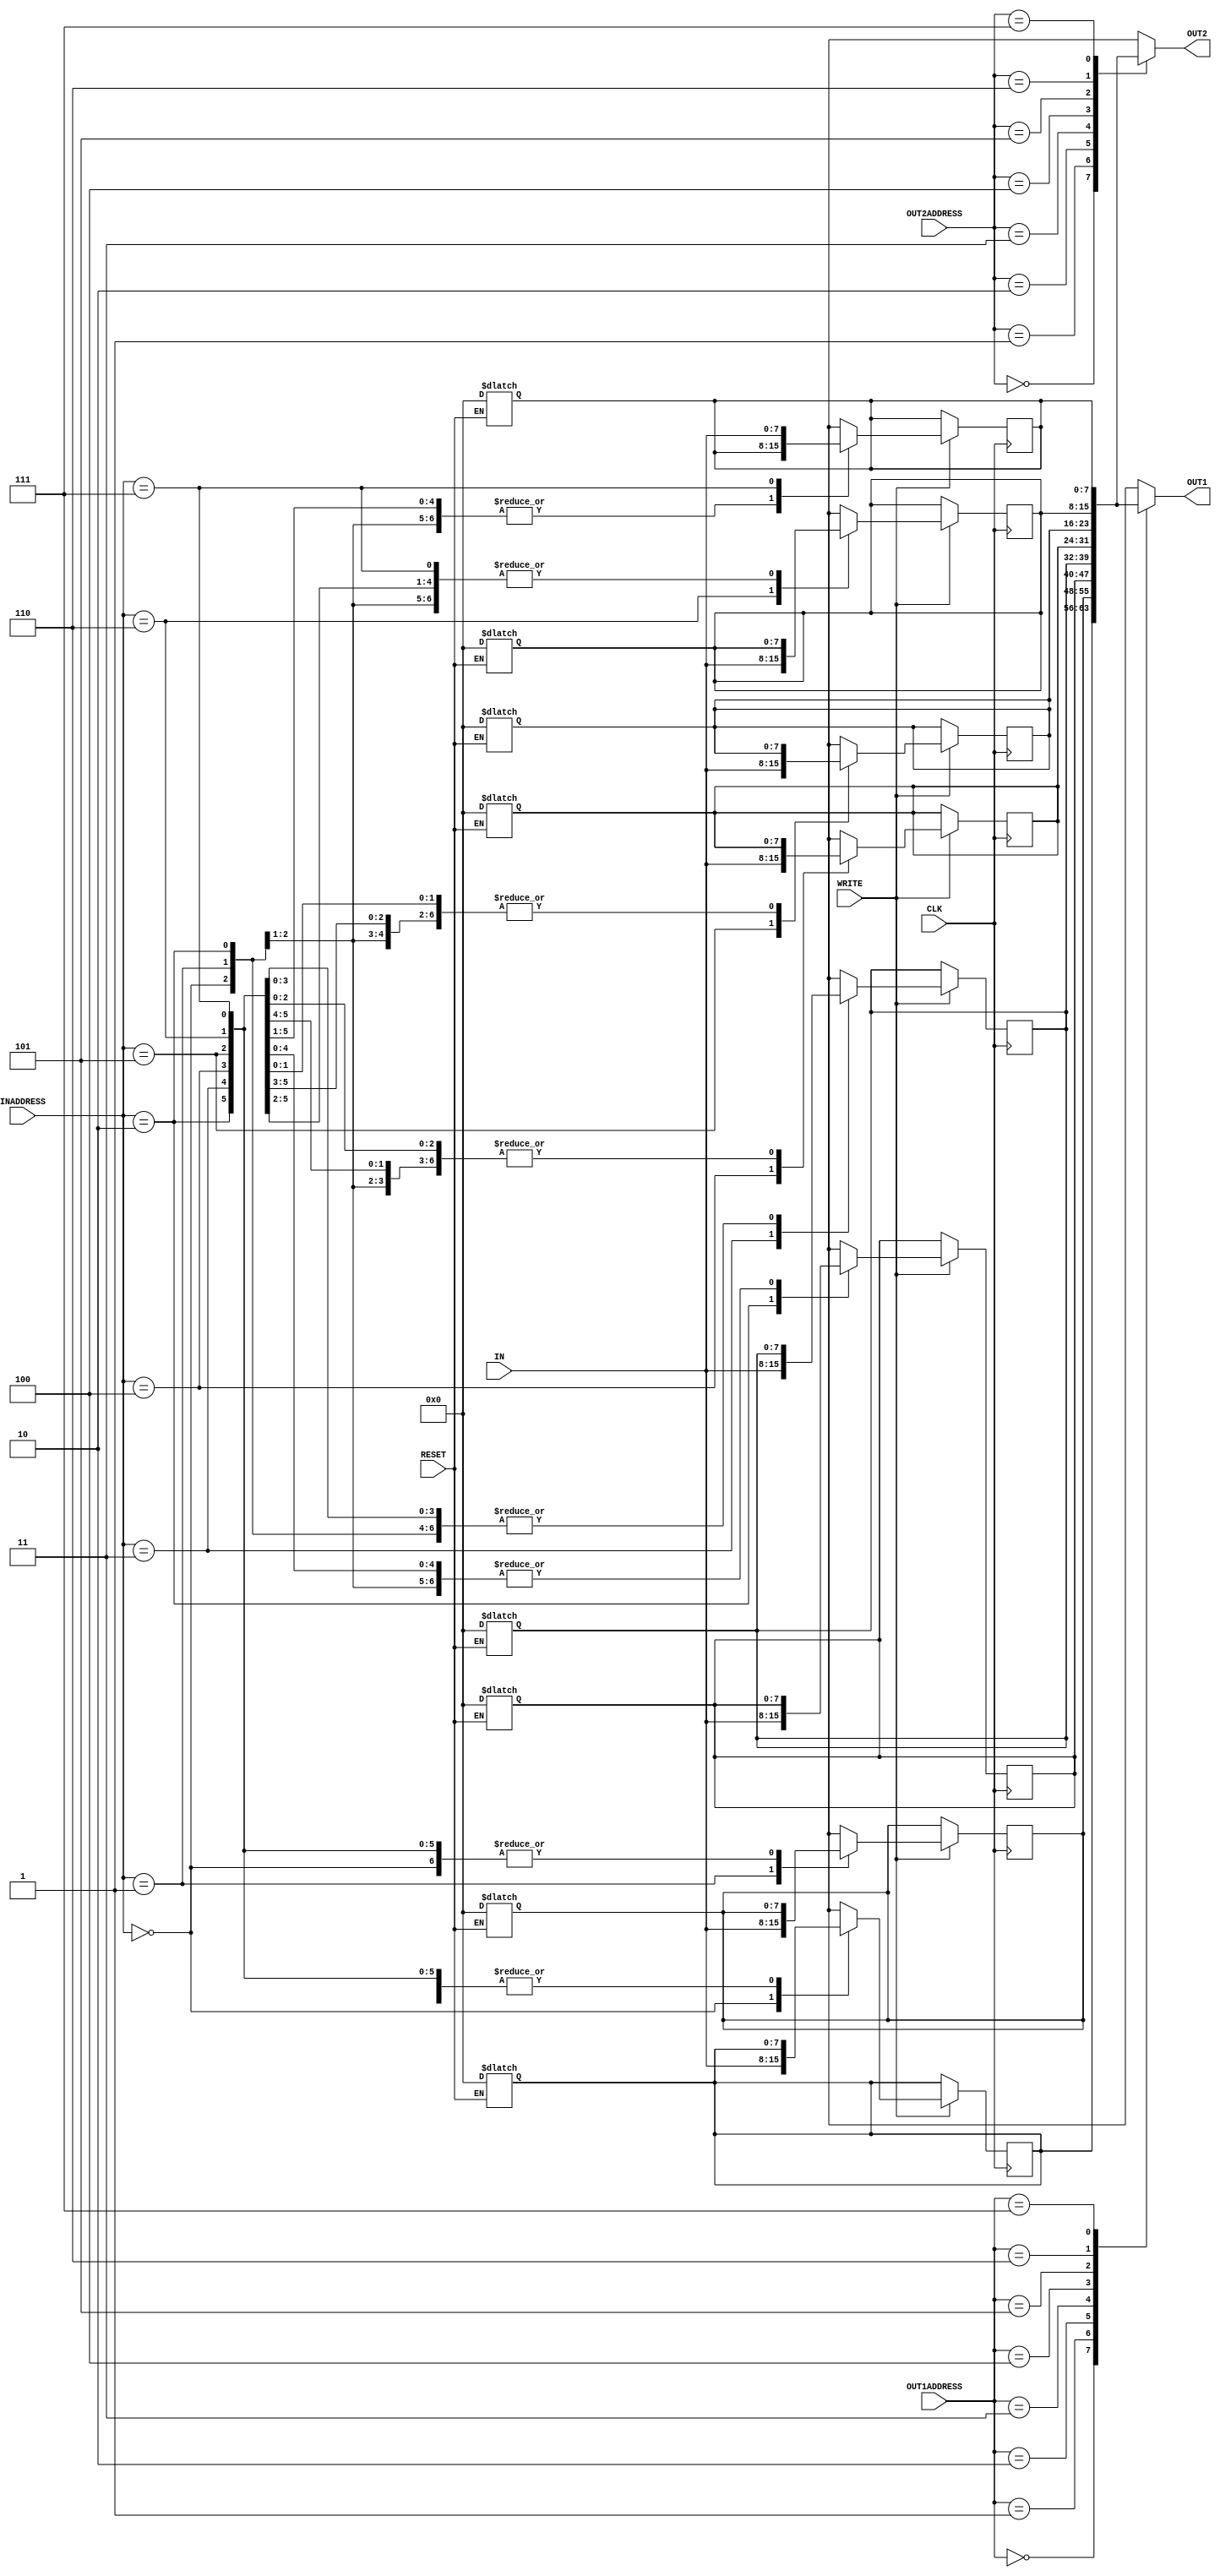
/*
Author - W M D U Thilakarathna
Reg No - E/16/366
*/

module reg_file(IN, OUT1, OUT2, INADDRESS, OUT1ADDRESS, OUT2ADDRESS, WRITE, CLK, RESET);

input [7:0] IN;  // 8 bit data input
input [2:0] INADDRESS, OUT1ADDRESS, OUT2ADDRESS; // 3 bit data inputs
input WRITE, CLK, RESET; // 1 bit data inputs
output [7:0] OUT1, OUT2; // 8 bit data outputs

reg [7:0] REGISTERS [7:0]; // 8x8 register file

integer i;

assign #2 OUT1 = REGISTERS[OUT1ADDRESS]; //writing data to outputs
assign #2 OUT2 = REGISTERS[OUT2ADDRESS]; //writing data to outputs

always @ (posedge CLK) // this code block run when we are in a positive clock edge
begin
    // write input to the in address
    if (WRITE == 1'b1)
        #2 REGISTERS[INADDRESS] = IN;     
end


// combinational logic output for reset signal (level triggered input)
always @ (*)
begin
    if (RESET == 1'b1)
    begin
        #2 
        for (i = 0; i < 8; i++) //looping through register file and setting them to 0s
        begin
            REGISTERS[i] = 0;
        end   
    end
    
end

endmodule